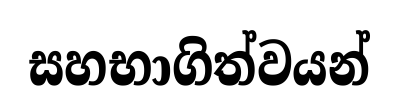
සහභාගිත්වයන්